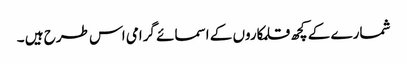
شمارے کے کچھ قلمکاروں کے اسمائے گرامی اس طرح ہیں ۔